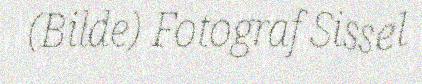
(Bilde) Fotograf Sissel